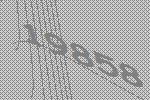
19858